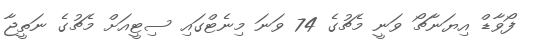
ފޯވާޑް އިޔަނާޗޯ ވަނީ މެޗުގެ 74 ވަނަ މިނެޓްގައި ސިޓީއަށް މެޗުގެ ނަތީޖާ